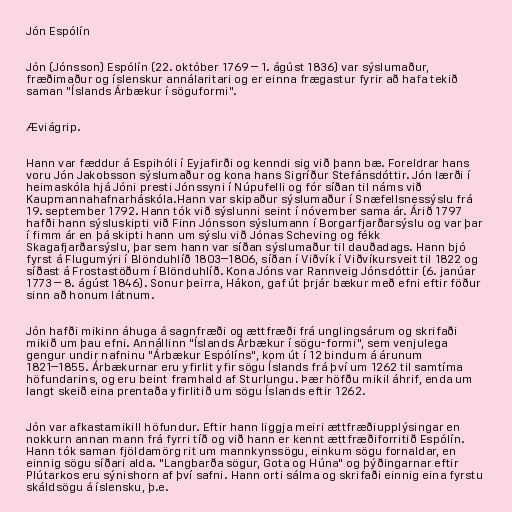
Jón Espólín

Jón (Jónsson) Espólín (22. október 1769 – 1. ágúst 1836) var sýslumaður,
fræðimaður og íslenskur annálaritari og er einna frægastur fyrir að hafa tekið
saman "Íslands Árbækur í söguformi".

Æviágrip.

Hann var fæddur á Espihóli í Eyjafirði og kenndi sig við þann bæ. Foreldrar hans
voru Jón Jakobsson sýslumaður og kona hans Sigríður Stefánsdóttir. Jón lærði í
heimaskóla hjá Jóni presti Jónssyni í Núpufelli og fór síðan til náms við
Kaupmannahafnarháskóla.Hann var skipaður sýslumaður í Snæfellsnessýslu frá
19. september 1792. Hann tók við sýslunni seint í nóvember sama ár. Árið 1797
hafði hann sýsluskipti við Finn Jónsson sýslumann í Borgarfjarðarsýslu og var þar
í fimm ár en þá skipti hann um sýslu við Jónas Scheving og fékk
Skagafjarðarsýslu, þar sem hann var síðan sýslumaður til dauðadags. Hann bjó
fyrst á Flugumýri í Blönduhlíð 1803–1806, síðan í Viðvík í Viðvíkursveit til 1822 og
síðast á Frostastöðum í Blönduhlíð. Kona Jóns var Rannveig Jónsdóttir (6. janúar
1773 – 8. ágúst 1846). Sonur þeirra, Hákon, gaf út þrjár bækur með efni eftir föður
sinn að honum látnum.

Jón hafði mikinn áhuga á sagnfræði og ættfræði frá unglingsárum og skrifaði
mikið um þau efni. Annállinn "Íslands Árbækur í sögu-formi", sem venjulega
gengur undir nafninu "Árbækur Espólíns", kom út í 12 bindum á árunum
1821–1855. Árbækurnar eru yfirlit yfir sögu Íslands frá því um 1262 til samtíma
höfundarins, og eru beint framhald af Sturlungu. Þær höfðu mikil áhrif, enda um
langt skeið eina prentaða yfirlitið um sögu Íslands eftir 1262.

Jón var afkastamikill höfundur. Eftir hann liggja meiri ættfræðiupplýsingar en
nokkurn annan mann frá fyrri tíð og við hann er kennt ættfræðiforritið Espólín.
Hann tók saman fjöldamörg rit um mannkynssögu, einkum sögu fornaldar, en
einnig sögu síðari alda. "Langbarða sögur, Gota og Húna" og þýðingarnar eftir
Plútarkos eru sýnishorn af því safni. Hann orti sálma og skrifaði einnig eina fyrstu
skáldsögu á íslensku, þ.e.